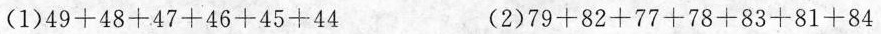
(1) $$4 9 + 4 8 + 4 7 + 4 6 + 4 5 + 4 4$$ (2) $$7 9 + 8 2 + 7